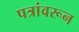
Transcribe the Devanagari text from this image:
पत्रांवरून